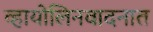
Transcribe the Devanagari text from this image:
व्हायोलिनवादनात